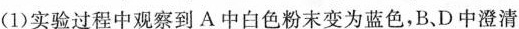
(1)实验过程中观察到A中白色粉末变为蓝色，B、D中澄清